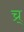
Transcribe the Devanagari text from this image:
च्र्